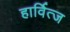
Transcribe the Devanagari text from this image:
हार्वित्ज